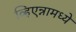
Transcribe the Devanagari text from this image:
व्हिएन्नामध्ये